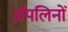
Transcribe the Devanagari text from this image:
ज़ॅपलिनों